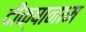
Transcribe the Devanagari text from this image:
दीक्षानाम